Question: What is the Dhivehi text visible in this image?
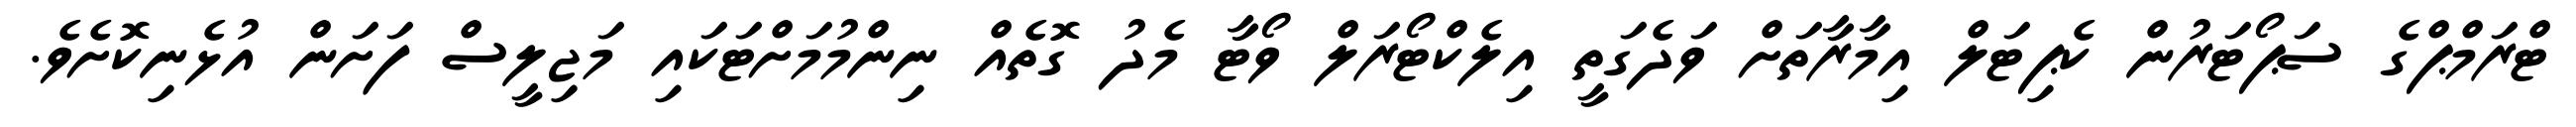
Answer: ޓްރަމްޕްގެ ސަޕޯޓަރުން ކެޕިޓަލް އިމާރާތަށް ވަދެގަތީ އިލެކްޓޯރަލް ވޯޓާ މެދު ގޮތެއް ނިންމުމަށްޓަކައި މަޖިލީސް ފަށަން އުޅެނިކޮށެވެ.